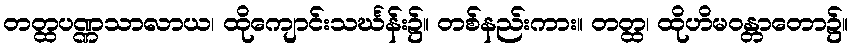
တတ္ထပဏ္ဏသာလာယ၊ ထိုကျောင်းသင်္ဃန်း၌။ တစ်နည်းကား။ တတ္ထ၊ ထိုဟိမဝန္တာတော၌။